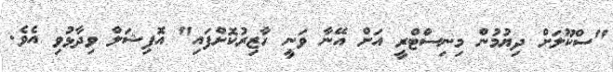
"ސްކޫލަށް ދިޔުމުން މިނިސްޓްރީ އަށް އޭނާ ވަނީ ހާޒިރުކޮށްފައި" އޮފިޝަލް ވިދާޅުވި އެވެ.